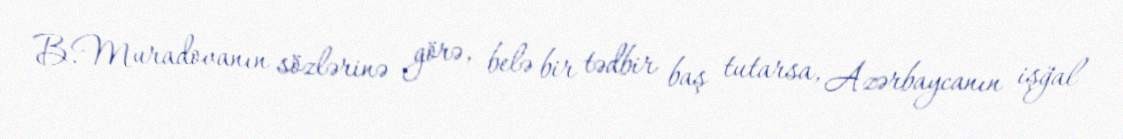
B.Muradovanın sözlərinə görə, belə bir tədbir baş tutarsa, Azərbaycanın işğal